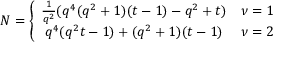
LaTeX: { \cal N } = \left\{ \begin{array} { c l } { { \frac { 1 } { q ^ { 2 } } ( q ^ { 4 } ( q ^ { 2 } + 1 ) ( t - 1 ) - q ^ { 2 } + t ) } } & { { \nu = 1 } } \\ { { q ^ { 4 } ( q ^ { 2 } t - 1 ) + ( q ^ { 2 } + 1 ) ( t - 1 ) } } & { { \nu = 2 } } \end{array} \right.